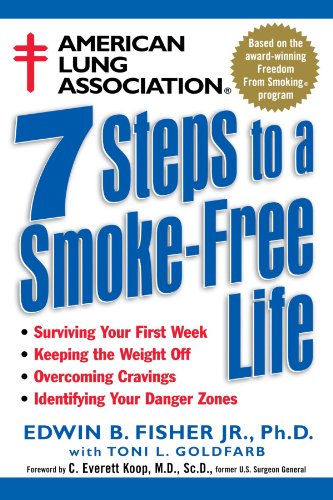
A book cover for American Lung Association 7 Steps to a Smoke-Free Life; Edwin B. Fisher; Health, Fitness & Dieting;